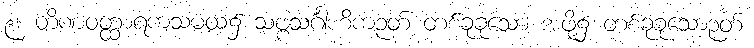
၉။ တိဏဝတ္ထာရကသမထ၌ သဗ္ဗသင်္ဂါဟိကဉတ် တစ်ခုခုသော အဖို့၌ တစ်ခုခုသောဉတ်